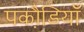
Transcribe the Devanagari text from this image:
पकौडि़याँ